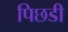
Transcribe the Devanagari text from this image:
पिछडी